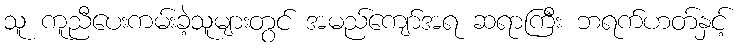
သူ ကူညီပေးကမ်းခဲ့သူများတွင် အမည်ကျော်အရ ဆရာကြီး ဘရက်ဟတ်နှင့်